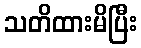
သတိထားမိပြီး